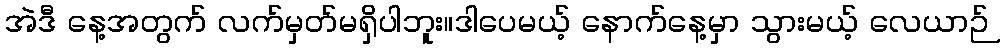
အဲဒီ နေ့အတွက် လက်မှတ်မရှိပါဘူး။ဒါပေမယ့် နောက်နေ့မှာ သွားမယ့် လေယာဉ်